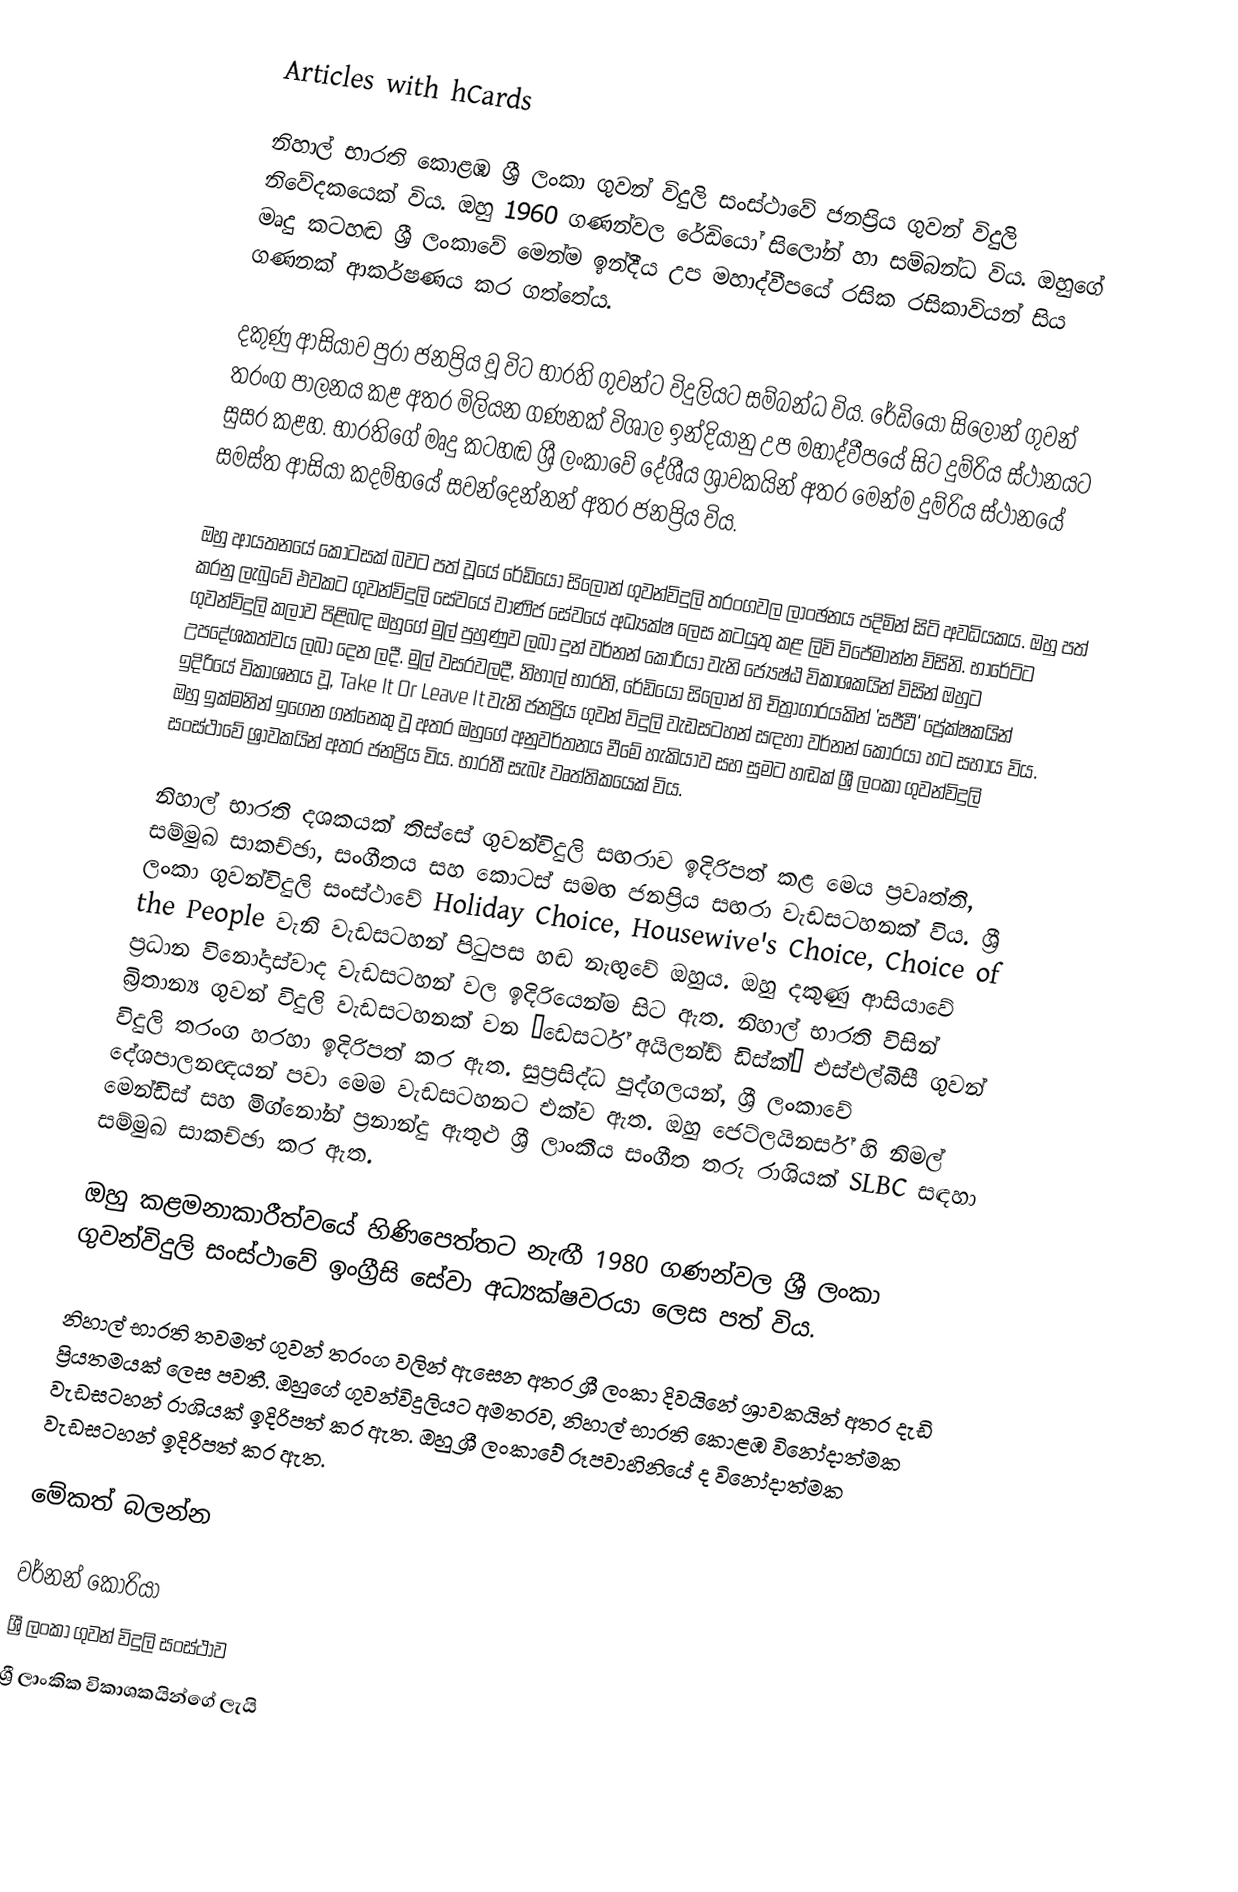
Articles with hCards

නිහාල් භාරති කොළඹ ශ්‍රී ලංකා ගුවන් විදුලි සංස්ථාවේ ජනප්‍රිය ගුවන් විදුලි නිවේදකයෙක් විය. ඔහු 1960 ගණන්වල රේඩියෝ සිලෝන් හා සම්බන්ධ විය. ඔහුගේ මෘදු කටහඬ ශ්‍රී ලංකාවේ මෙන්ම ඉන්දීය උප මහාද්වීපයේ රසික රසිකාවියන් සිය ගණනක් ආකර්ෂණය කර ගත්තේය.

දකුණු ආසියාව පුරා ජනප්‍රිය වූ විට භාරති ගුවන්ට විදුලියට සම්බන්ධ විය.  රේඩියෝ සිලෝන් ගුවන් තරංග පාලනය කළ අතර මිලියන ගණනක් විශාල ඉන්දියානු උප මහාද්වීපයේ සිට දුම්රිය ස්ථානයට සුසර කළහ.  භාරතිගේ මෘදු කටහඬ ශ්‍රී ලංකාවේ දේශීය ශ්‍රාවකයින් අතර මෙන්ම දුම්රිය ස්ථානයේ සමස්ත ආසියා කදම්භයේ සවන්දෙන්නන් අතර ජනප්‍රිය විය.

ඔහු ආයතනයේ කොටසක් බවට පත් වූයේ රේඩියෝ සිලෝන් ගුවන්විදුලි තරංගවල ලාංඡනය පදිමින් සිටි අවධියකය. ඔහු පත් කරනු ලැබුවේ එවකට ගුවන්විදුලි සේවයේ වාණිජ සේවයේ අධ්‍යක්ෂ ලෙස කටයුතු කළ ලිවි විජේමාන්න විසිනි. භාරේටිට ගුවන්විදුලි කලාව පිළිබඳ ඔහුගේ මුල් පුහුණුව ලබා දුන් වර්නන් කොරියා වැනි ජ්‍යෙෂ්ඨ විකාශකයින් විසින් ඔහුට උපදේශකත්වය ලබා දෙන ලදී. මුල් වසරවලදී, නිහාල් භාරති, රේඩියෝ සිලෝන් හි චිත්‍රාගාරයකින් 'සජීවී' ප්‍රේක්ෂකයින් ඉදිරියේ විකාශනය වූ, Take It Or Leave It වැනි ජනප්‍රිය ගුවන් විදුලි වැඩසටහන් සඳහා වර්නන් කොරයා හට සහාය විය. ඔහු ඉක්මනින් ඉගෙන ගන්නෙකු වූ අතර ඔහුගේ අනුවර්තනය වීමේ හැකියාව සහ සුමට හඬක් ශ්‍රී ලංකා ගුවන්විදුලි සංස්ථාවේ ශ්‍රාවකයින් අතර ජනප්‍රිය විය. භාරතී සැබෑ වෘත්තිකයෙක් විය.

නිහාල් භාරති දශකයක් තිස්සේ ගුවන්විදුලි සඟරාව ඉදිරිපත් කළ මෙය ප්‍රවෘත්ති, සම්මුඛ සාකච්ඡා, සංගීතය සහ කොටස් සමඟ ජනප්‍රිය සඟරා වැඩසටහනක් විය. ශ්‍රී ලංකා ගුවන්විදුලි සංස්ථාවේ Holiday Choice, Housewive's Choice, Choice of the People වැනි වැඩසටහන් පිටුපස හඬ නැඟුවේ ඔහුය. ඔහු දකුණු ආසියාවේ ප්‍රධාන විනෝදාස්වාද වැඩසටහන් වල ඉදිරියෙන්ම සිට ඇත. නිහාල් භාරති විසින් බ්‍රිතාන්‍ය ගුවන් විදුලි වැඩසටහනක් වන ‘ඩෙසර්ට් අයිලන්ඩ් ඩිස්ක්’ එස්එල්බීසී ගුවන් විදුලි තරංග හරහා ඉදිරිපත් කර ඇත. සුප්‍රසිද්ධ පුද්ගලයන්, ශ්‍රී ලංකාවේ දේශපාලනඥයන් පවා මෙම වැඩසටහනට එක්ව ඇත. ඔහු ජෙට්ලයිනර්ස් හි නිමල් මෙන්ඩිස් සහ මිග්නෝන් ප්‍රනාන්දු ඇතුළු ශ්‍රී ලාංකීය සංගීත තරු රාශියක් SLBC සඳහා සම්මුඛ සාකච්ඡා කර ඇත.

ඔහු කළමනාකාරීත්වයේ හිණිපෙත්තට නැඟී 1980 ගණන්වල ශ්‍රී ලංකා ගුවන්විදුලි සංස්ථාවේ ඉංග්‍රීසි සේවා අධ්‍යක්ෂවරයා ලෙස පත් විය.

නිහාල් භාරති තවමත් ගුවන් තරංග වලින් ඇසෙන අතර ශ්‍රී ලංකා දිවයිනේ ශ්‍රාවකයින් අතර දැඩි ප්‍රියතමයක් ලෙස පවතී. ඔහුගේ ගුවන්විදුලියට අමතරව, නිහාල් භාරති කොළඹ විනෝදාත්මක වැඩසටහන් රාශියක් ඉදිරිපත් කර ඇත. ඔහු ශ්‍රී ලංකාවේ රූපවාහිනියේ ද විනෝදාත්මක වැඩසටහන් ඉදිරිපත් කර ඇත.

මේකත් බලන්න

 වර්නන් කොරියා
 ශ්‍රී ලංකා ගුවන් විදුලි සංස්ථාව
 ශ්‍රී ලාංකික විකාශකයින්ගේ ලැයි